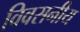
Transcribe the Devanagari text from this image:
विवसनीय